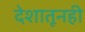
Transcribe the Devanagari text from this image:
देशातूनही